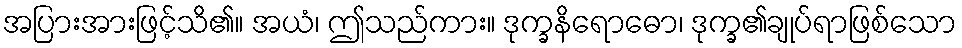
အပြားအားဖြင့်သိ၏။ အယံ၊ ဤသည်ကား။ ဒုက္ခနိရောဓော၊ ဒုက္ခ၏ချုပ်ရာဖြစ်သော